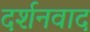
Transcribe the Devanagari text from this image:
दर्शनवाद